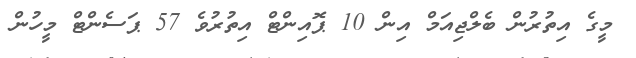
މީގެ އިތުރުން ބެލްޖިއަމް އިން 10 ޕޮއިންޓް އިތުރުވެ 57 ޕަސެންޓް މީހުން